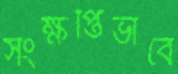
সংক্ষপ্তিভাবে